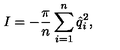
I = - { \frac { \pi } { n } } \sum _ { i = 1 } ^ { n } \hat { q } _ { i } ^ { 2 } ,